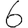
Digit: 6